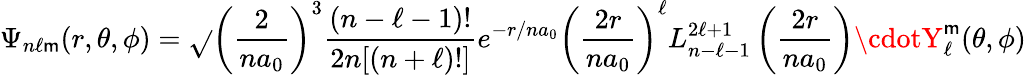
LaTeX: \Psi_{n\ell\mathsf{m}}(r,\theta,\phi)={\sqrt{}{{{\left({\frac{{2}}{{na_{0}}}}\right)}^{3}{\frac{{(n-\ell-1)!}}{{2n[(n+\ell)!]}}}}}}e^{-r/na_{0}}\left({\frac{{2r}}{{na_{0}}}}\right)^{\ell}L_{n-\ell-1}^{2\ell+1}\left({\frac{{2r}}{{na_{0}}}}\right)\cdotY_{\ell}^{\mathsf{m}}(\theta,\phi)